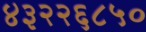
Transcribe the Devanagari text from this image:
४३२२६८५०